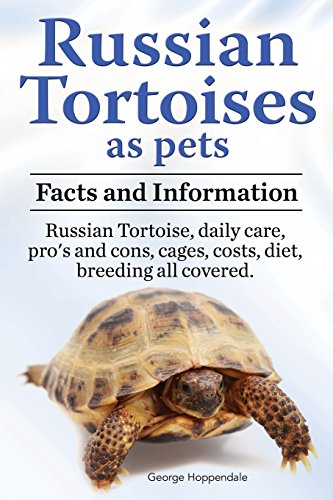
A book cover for Russian Tortoises as Pets. Russian Tortoise: Facts and Information. Daily Care, Pro's and Cons, Cages, Costs, Diet, Breeding All Covered; George Hoppendale; Crafts, Hobbies & Home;